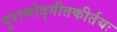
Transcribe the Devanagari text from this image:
पुराणोद्गीतकीर्तयः